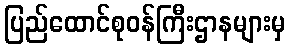
ပြည်ထောင်စုဝန်ကြီးဌာနများမှ